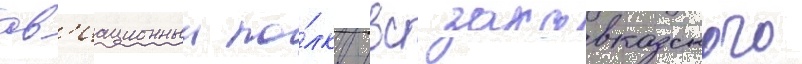
ав'иационныи по́лк ввс закавказского